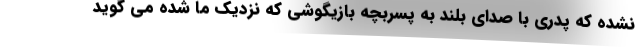
نشده که پدری با صدای بلند به پسربچه بازیگوشی که نزدیک ما شده می گوید